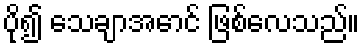
ပို၍ သေချာအောင် ဖြစ်လေသည်။